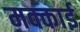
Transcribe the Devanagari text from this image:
मक्काई